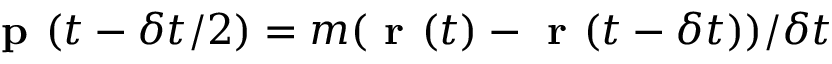
\textbf { p } ( t - \delta t / 2 ) = m ( \textbf { r } ( t ) - \textbf { r } ( t - \delta t ) ) / \delta t